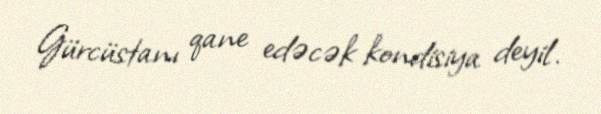
Gürcüstanı qane edəcək kondisiya deyil.